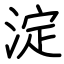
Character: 淀